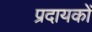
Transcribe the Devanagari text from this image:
प्रदायकों